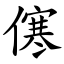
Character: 㒏